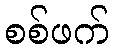
စစ်ဖက်